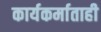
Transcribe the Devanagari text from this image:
कार्यकर्माताही